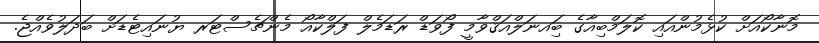
މޮނާކޯއަށް ކުޅެމުންއައި ކޮލަމްބިއާގެ ބަިއނަލްއަޤްވާމީ ފޯވަޑް ރަޑަމެލް ފަލްކާއޯ މެންޗެސްޓަރ ޔުނައިޓެޑަށް ބަދަލުވެއްޖެ.